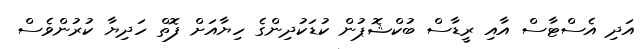
އަދި އެސްޓާސް އާއި ރީޑާސް ބުކްޝޮޕުން ކުޑަކުދިންގެ ހިޔާއަށް ފޮތް ހަދިޔާ ކުރުންވެސް